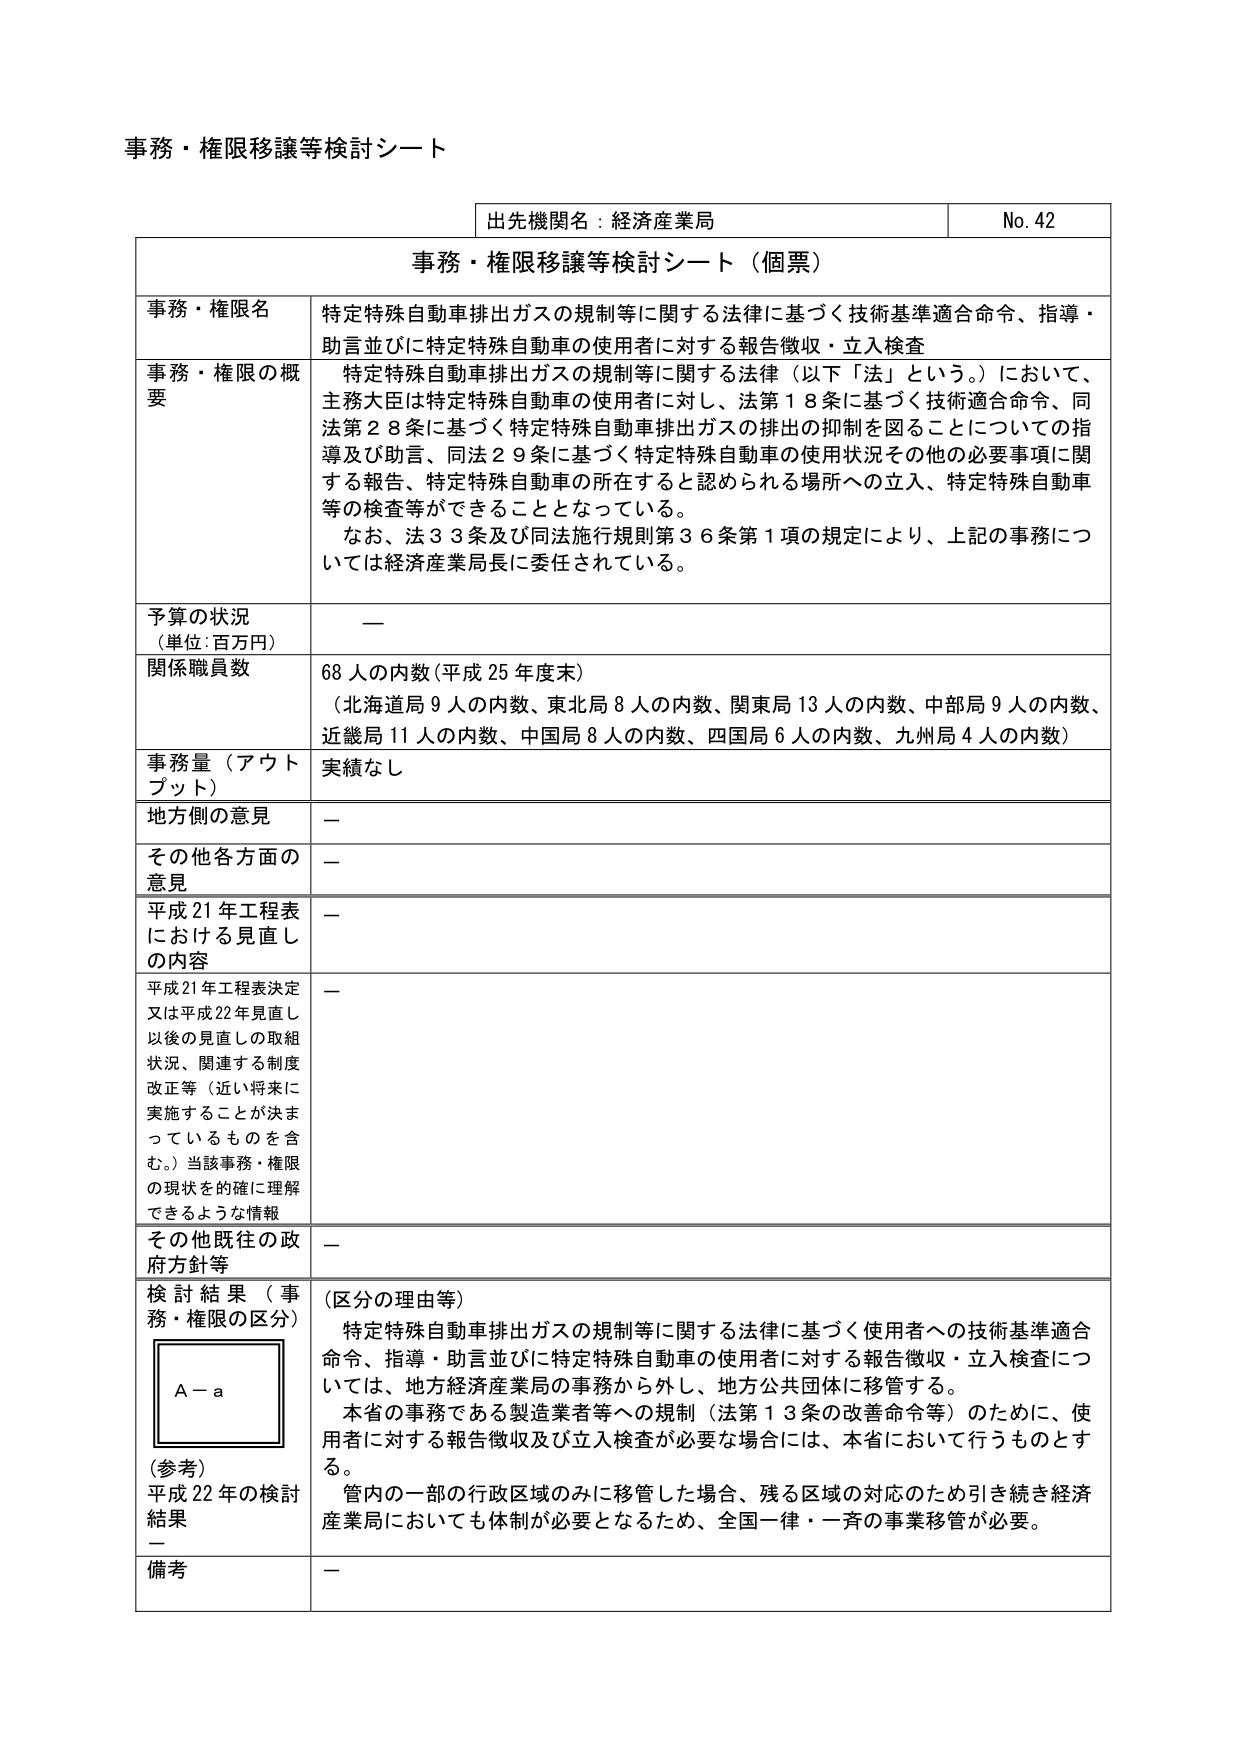
事務・権限移譲等検討シート

出先機関名：経済産業局